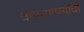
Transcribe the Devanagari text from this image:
वापरणार्‍यांची